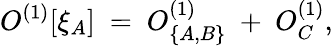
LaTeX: O^{(1)}[\xi_{A}]\ =\ O_{\{ A,B\} }^{(1)}\ +\ O_{C}^{(1)},